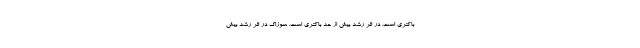
باکتری است. در اثر رشد بیش از حد باکتری است. سوزاک در اثر رشد بیش